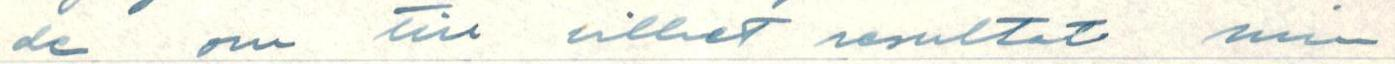
de om till vilket resultat min